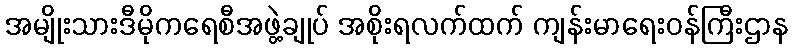
အမျိုးသားဒီမိုကရေစီအဖွဲ့ချုပ် အစိုးရလက်ထက် ကျန်းမာရေးဝန်ကြီးဌာန